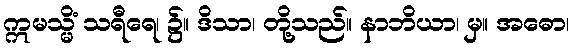
ဣမသ္မိံ သရီရေ၊ ၌။ ဒိသာ၊ တို့သည်။ နာဘိယာ၊ မှ။ အဓော၊